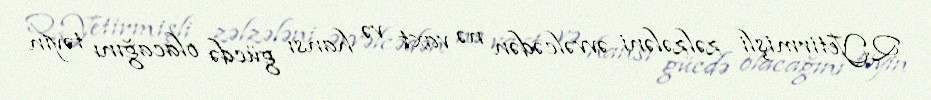
Q.Yetirmişli zəlzələni əvvəlcədən nə vaxt və hansı gücdə olacağını təyin